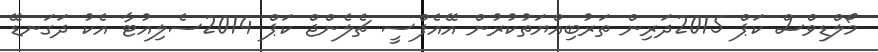
މޯލްޑިވްސް ކަޕް 2015ދަރިން ތަރުބިއްޔަތުކުރުން އޭއެފްސީ ޗެލެންޖް ކަޕް 2014ސެލިއުޓާ އެކު ދަގަނޑޭ